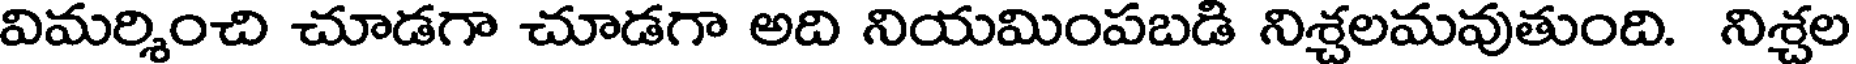
విమర్శించి చూడగా చూడగా అది నియమింపబడి నిశ్చలమవుతుంది. నిశ్చల